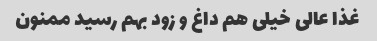
غذا عالی خیلی هم داغ و زود بهم رسید ممنون